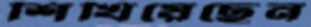
শিখিয়েছেন